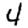
Digit: 4